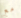
مع